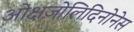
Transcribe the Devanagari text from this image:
ओक्षज़ोलिदिनोनेस